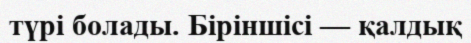
түрі болады. Біріншісі — қалдық